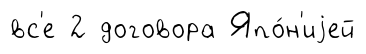
вс'е 2 договора Япо́н'иjей